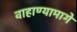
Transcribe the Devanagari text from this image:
वाहाण्यामागे